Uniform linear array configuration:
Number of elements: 16
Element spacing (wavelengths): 0.75
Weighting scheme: uniform
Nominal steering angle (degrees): -15
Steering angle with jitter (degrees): -13.308
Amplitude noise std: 0.05
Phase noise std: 0.05

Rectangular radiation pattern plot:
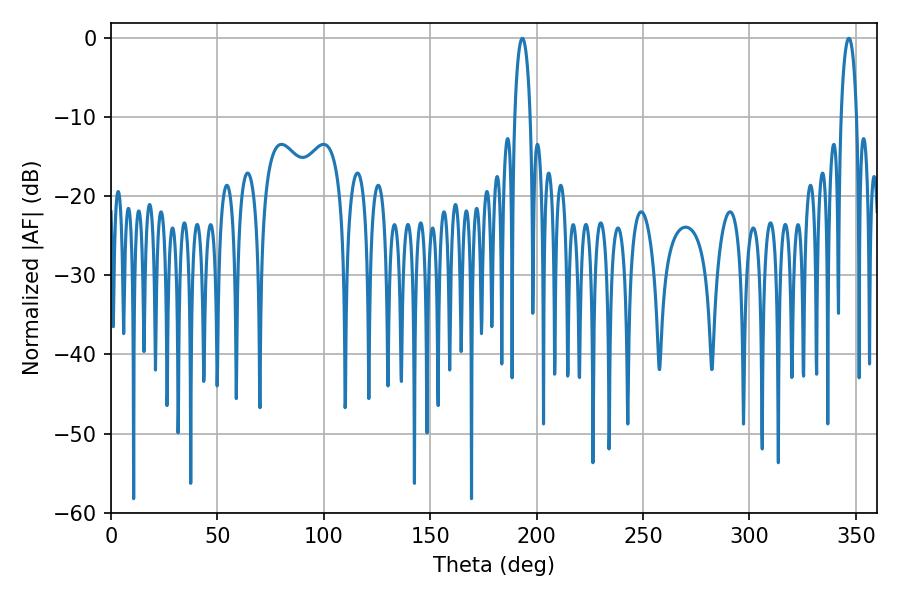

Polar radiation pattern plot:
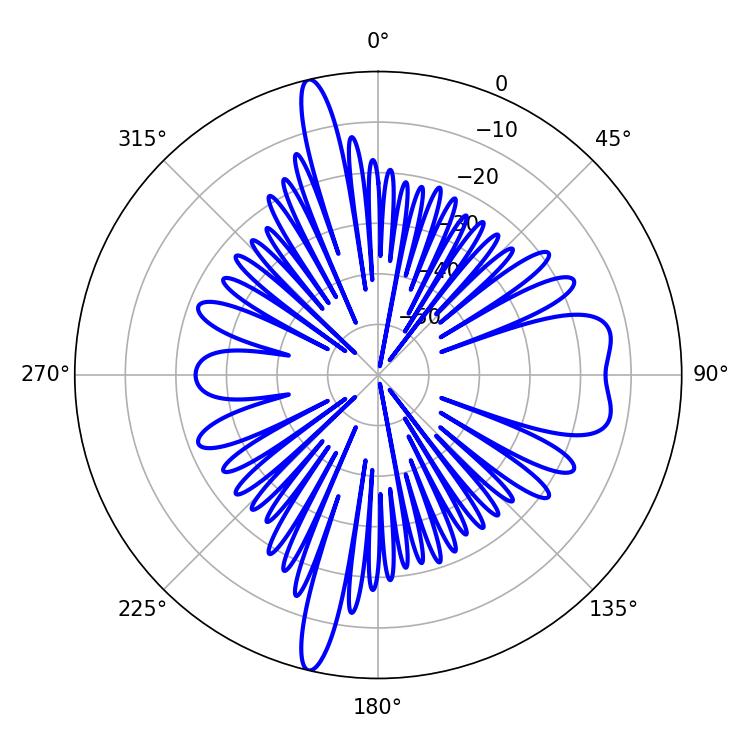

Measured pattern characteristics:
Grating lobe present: TRUE
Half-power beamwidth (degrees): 4.14
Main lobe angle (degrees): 193.32